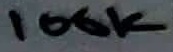
Text: 100K